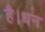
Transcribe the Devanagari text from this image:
है।धन